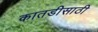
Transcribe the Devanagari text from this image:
कातडीसाठी